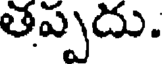
తప్పదు.